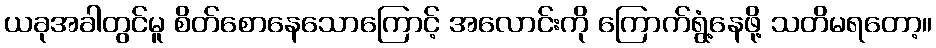
ယခုအခါတွင်မူ စိတ်စောနေသောကြောင့် အလောင်းကို ကြောက်ရွံ့နေဖို့ သတိမရတော့။